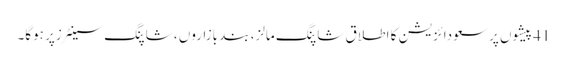
41پیشوں پر سعودائزیشن کا اطلاق شاپنگ مالز، بند بازاروں ، شاپنگ سینٹرزپر ہوگا۔